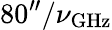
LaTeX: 80^{\prime\prime}/\nu_{\mathrm{GHz}}